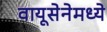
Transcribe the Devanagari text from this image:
वायूसेनेमध्ये